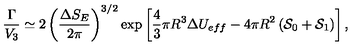
\frac { \Gamma } { V _ { 3 } } \simeq 2 \left( \frac { \Delta S _ { E } } { 2 \pi } \right) ^ { 3 / 2 } \exp \left[ \frac { 4 } { 3 } \pi R ^ { 3 } \Delta U _ { e f f } - 4 \pi R ^ { 2 } \left( { \cal S } _ { 0 } + { \cal S } _ { 1 } \right) \right] ,